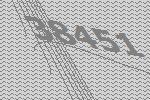
38451